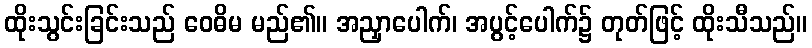
ထိုးသွင်းခြင်းသည် ဝေဓိမ မည်၏။ အညှာပေါက်၊ အပွင့်ပေါက်၌ တုတ်ဖြင့် ထိုးသီသည်။